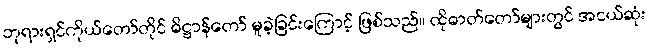
ဘုရားရှင်ကိုယ်တော်တိုင် ဓိဋ္ဌာန်တော် မူခဲ့ခြင်းကြောင့် ဖြစ်သည်။ ထိုဓာတ်တော်များတွင် အငယ်ဆုံး